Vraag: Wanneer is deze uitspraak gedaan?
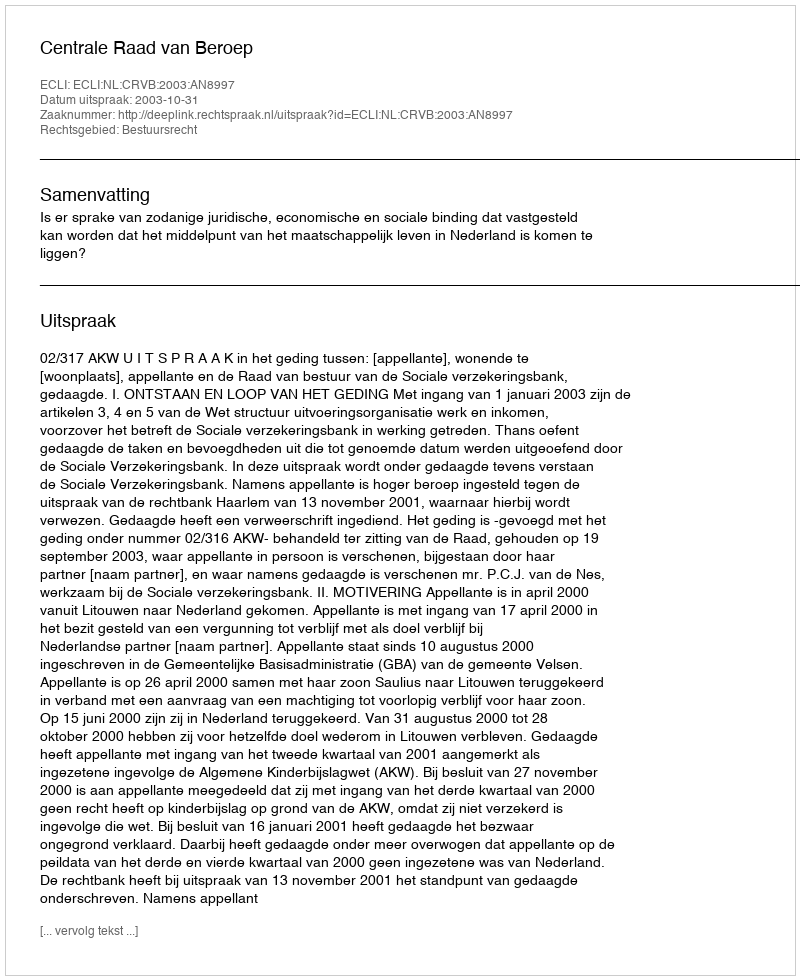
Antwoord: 2003-10-31